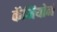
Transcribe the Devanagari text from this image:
कॅमियोने